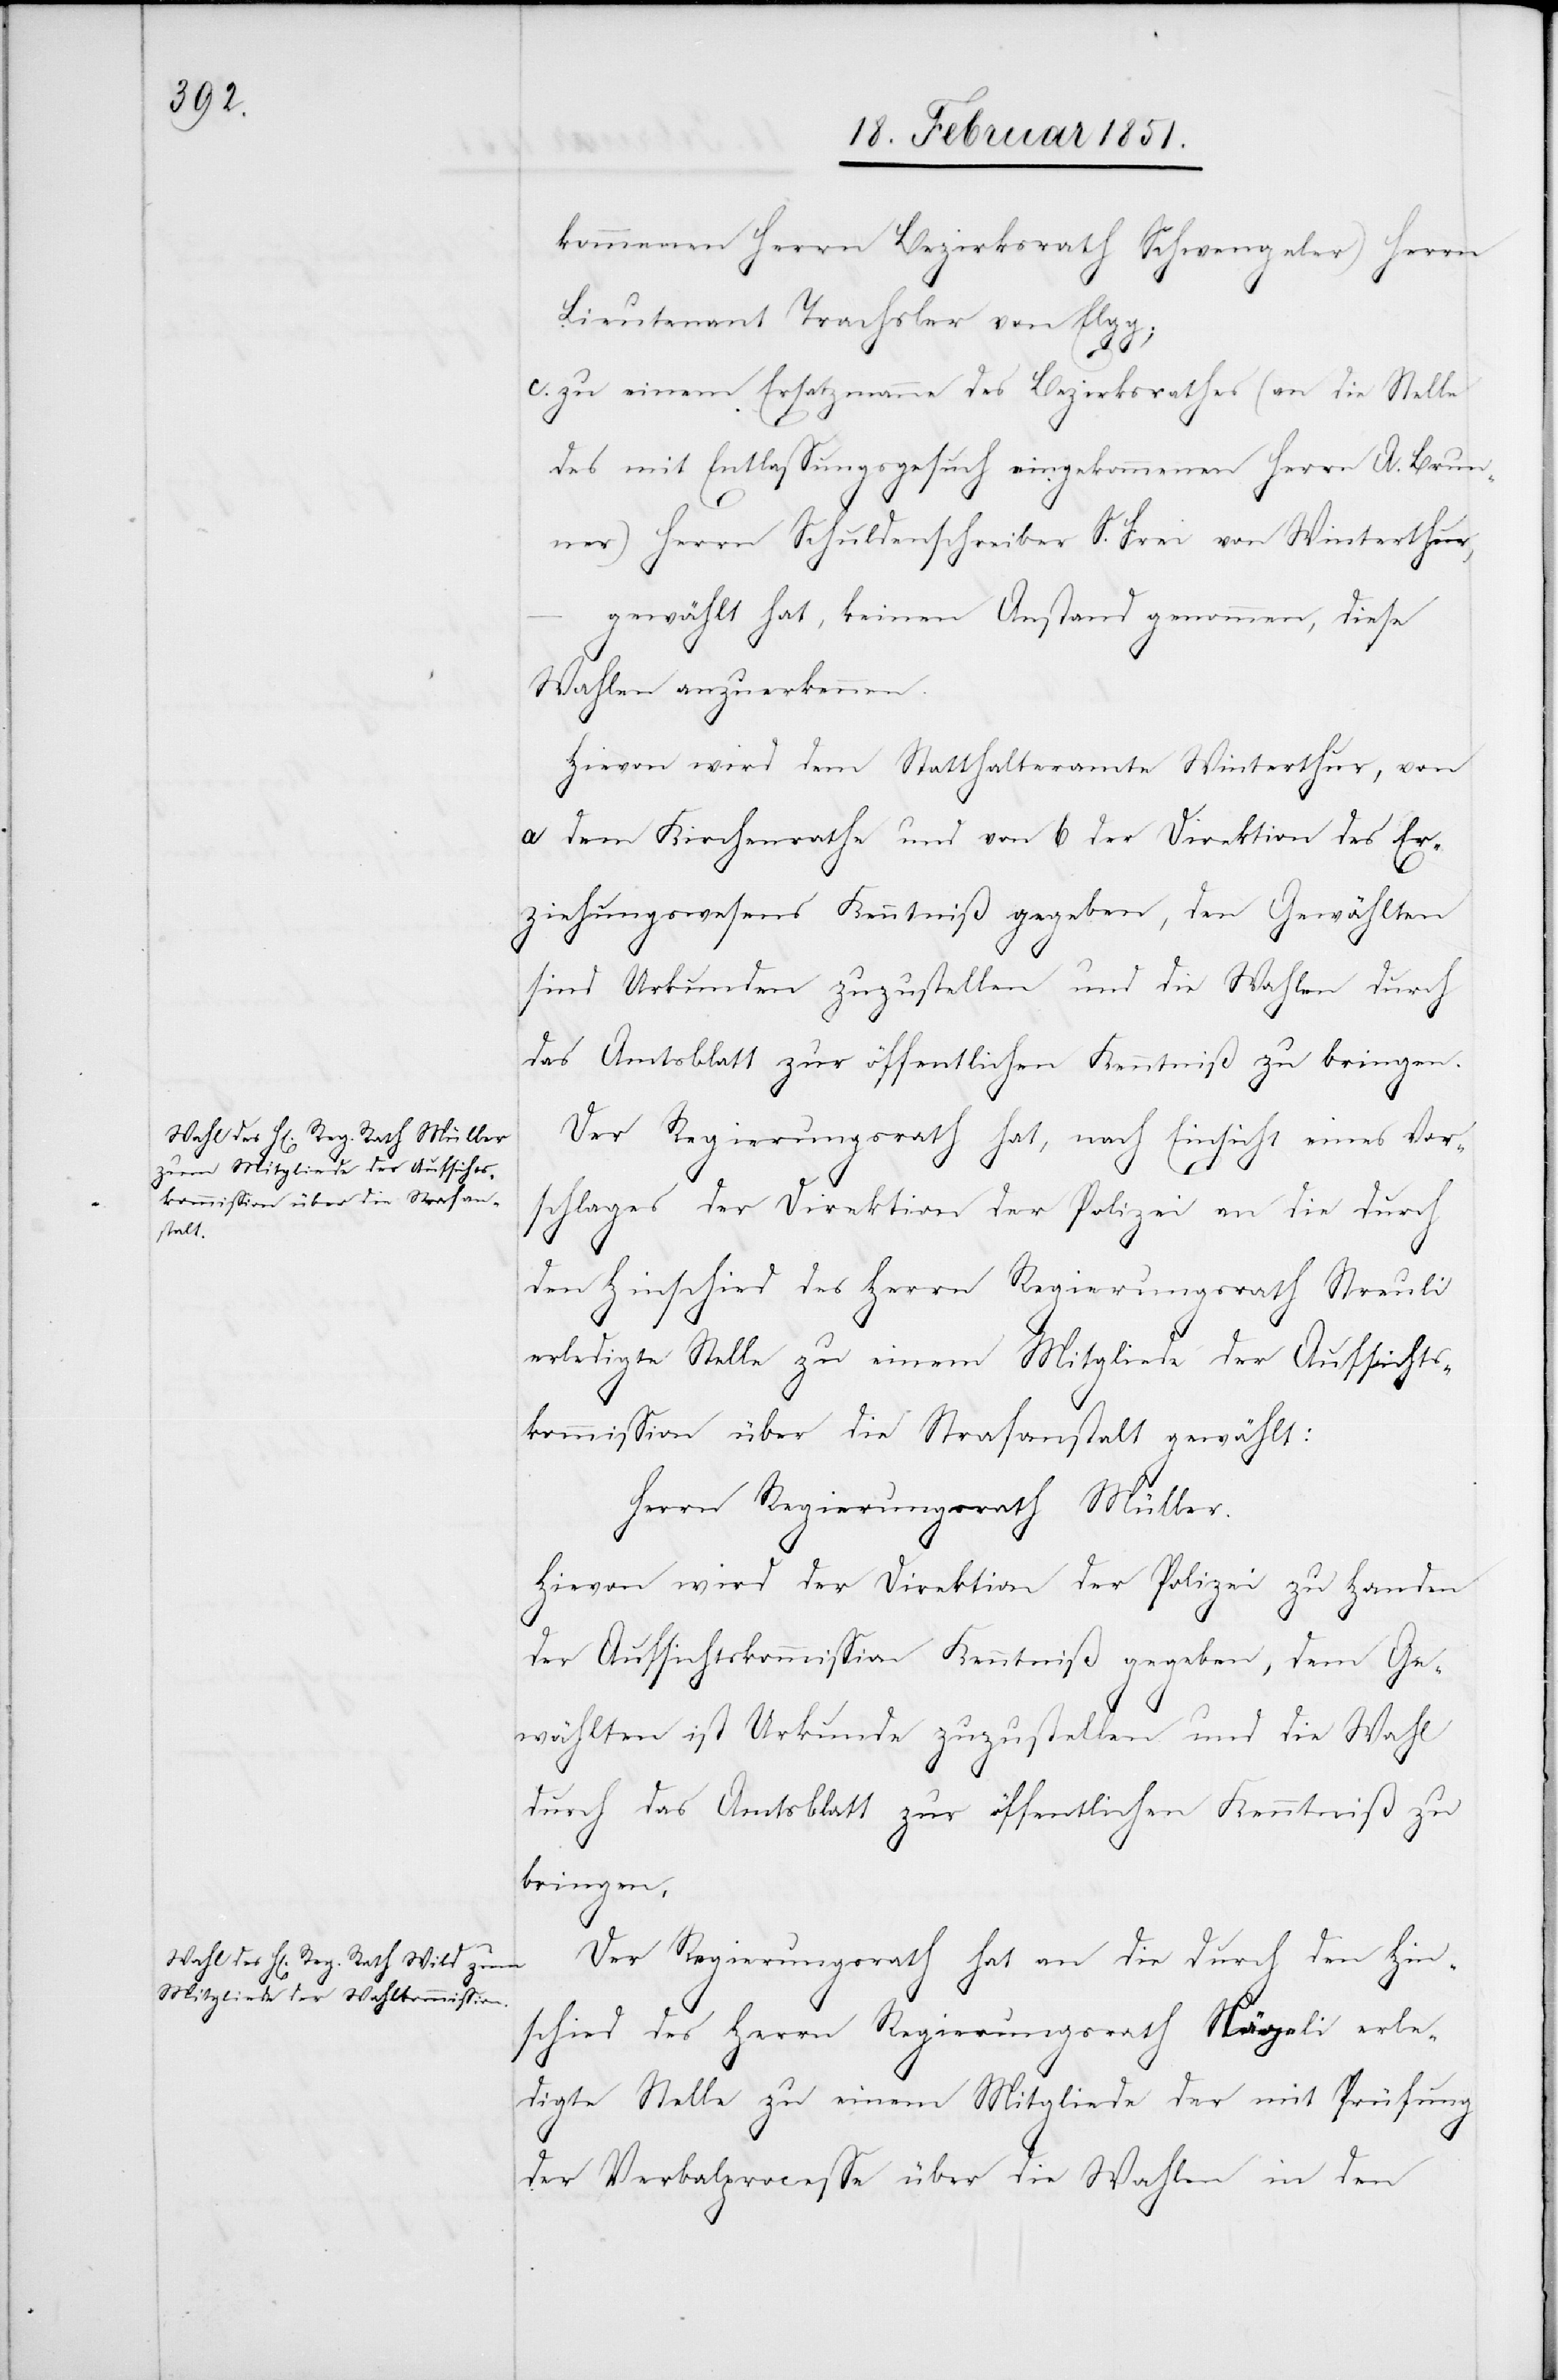
kommenen Herrn Bezirksrath Schwengeler) Herrn
Lieutenant Trachsler von Elgg;
zu einem Ersatzmanne des Bezirksrathes (an die Stelle
des mit Entlassungsgesuch eingekommenen Herrn A. Brun¬
ner) Herrn Schuldenschreiber S. Frei von Winterthur,
gewählt hat, keinen Anstand genommen, diese
Wahlen anzuerkennen.
Hievon wird dem Statthalteramte Winterhur, von
a dem Kirchenrathe und von b der Direktion des Er¬
ziehungswesens Kenntniß gegeben, den Gewählten
sind Urkunden zuzustellen und die Wahlen durch
das Amtsblatt zur öffentlichen Kenntniß zu bringen.
Der Regierungsrath hat, nach Einsicht eines Vor¬
schlages der Direktion der Polizei an die durch
den Hinschied des Herrn Regierungsrath Streuli
erledigte Stelle zu einem Mitgliede der Aufsichts¬
kommission über die Strafanstalt gewählt:
Herrn Regierungsrath Müller.
Hievon wird der Direktion der Polizei zu Handen
der Aufsichtskommission Kenntniß gegeben, dem Ge¬
wählten ist Urkunde zuzustellen und die Wahl
durch das Amtsblatt zur öffentlichen Kenntniß zu
bringen.
Der Regierungsrath hat an die durch den Hin¬
schied des Herrn Regierungsrath Nägeli erle¬
digte Stelle zu einem Mitgliede der mit Prüfung
der Verbalprocesse über die Wahlen in den